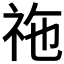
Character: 𥙁